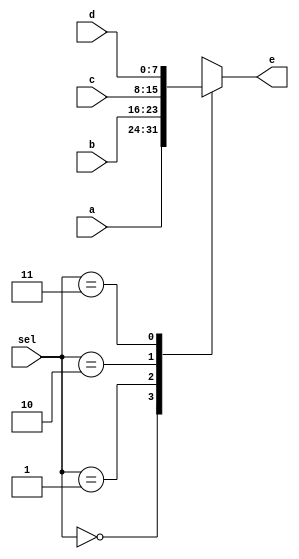
module mux41_8(sel,a,b,c,d,e);

output[7:0] e;
input[7:0] a,b,c,d;
input [1:0] sel;

reg [7:0] e;

always@(sel or a or b or c or d)
      case(sel)
          2'b00: e=a;
          2'b01: e=b;
          2'b10: e=c;
          2'b11: e=d;
      endcase

endmodule